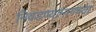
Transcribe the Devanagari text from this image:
निवडण्यामागच्या